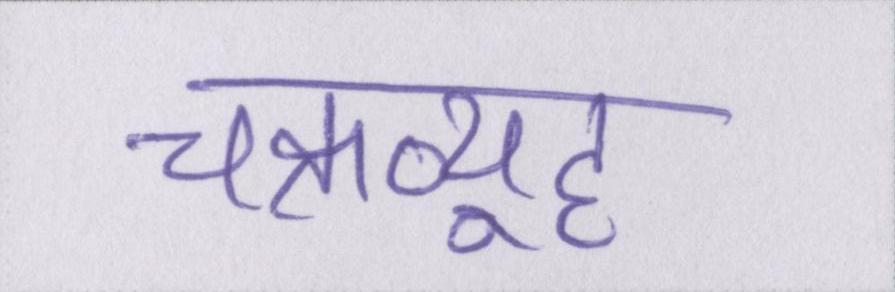
चक्रव्यूह